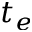
t _ { e }